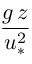
\frac { g \, z } { u _ { * } ^ { 2 } }